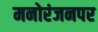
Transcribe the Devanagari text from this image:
मनोरंजनपर